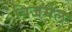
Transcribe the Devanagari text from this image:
विजमैल